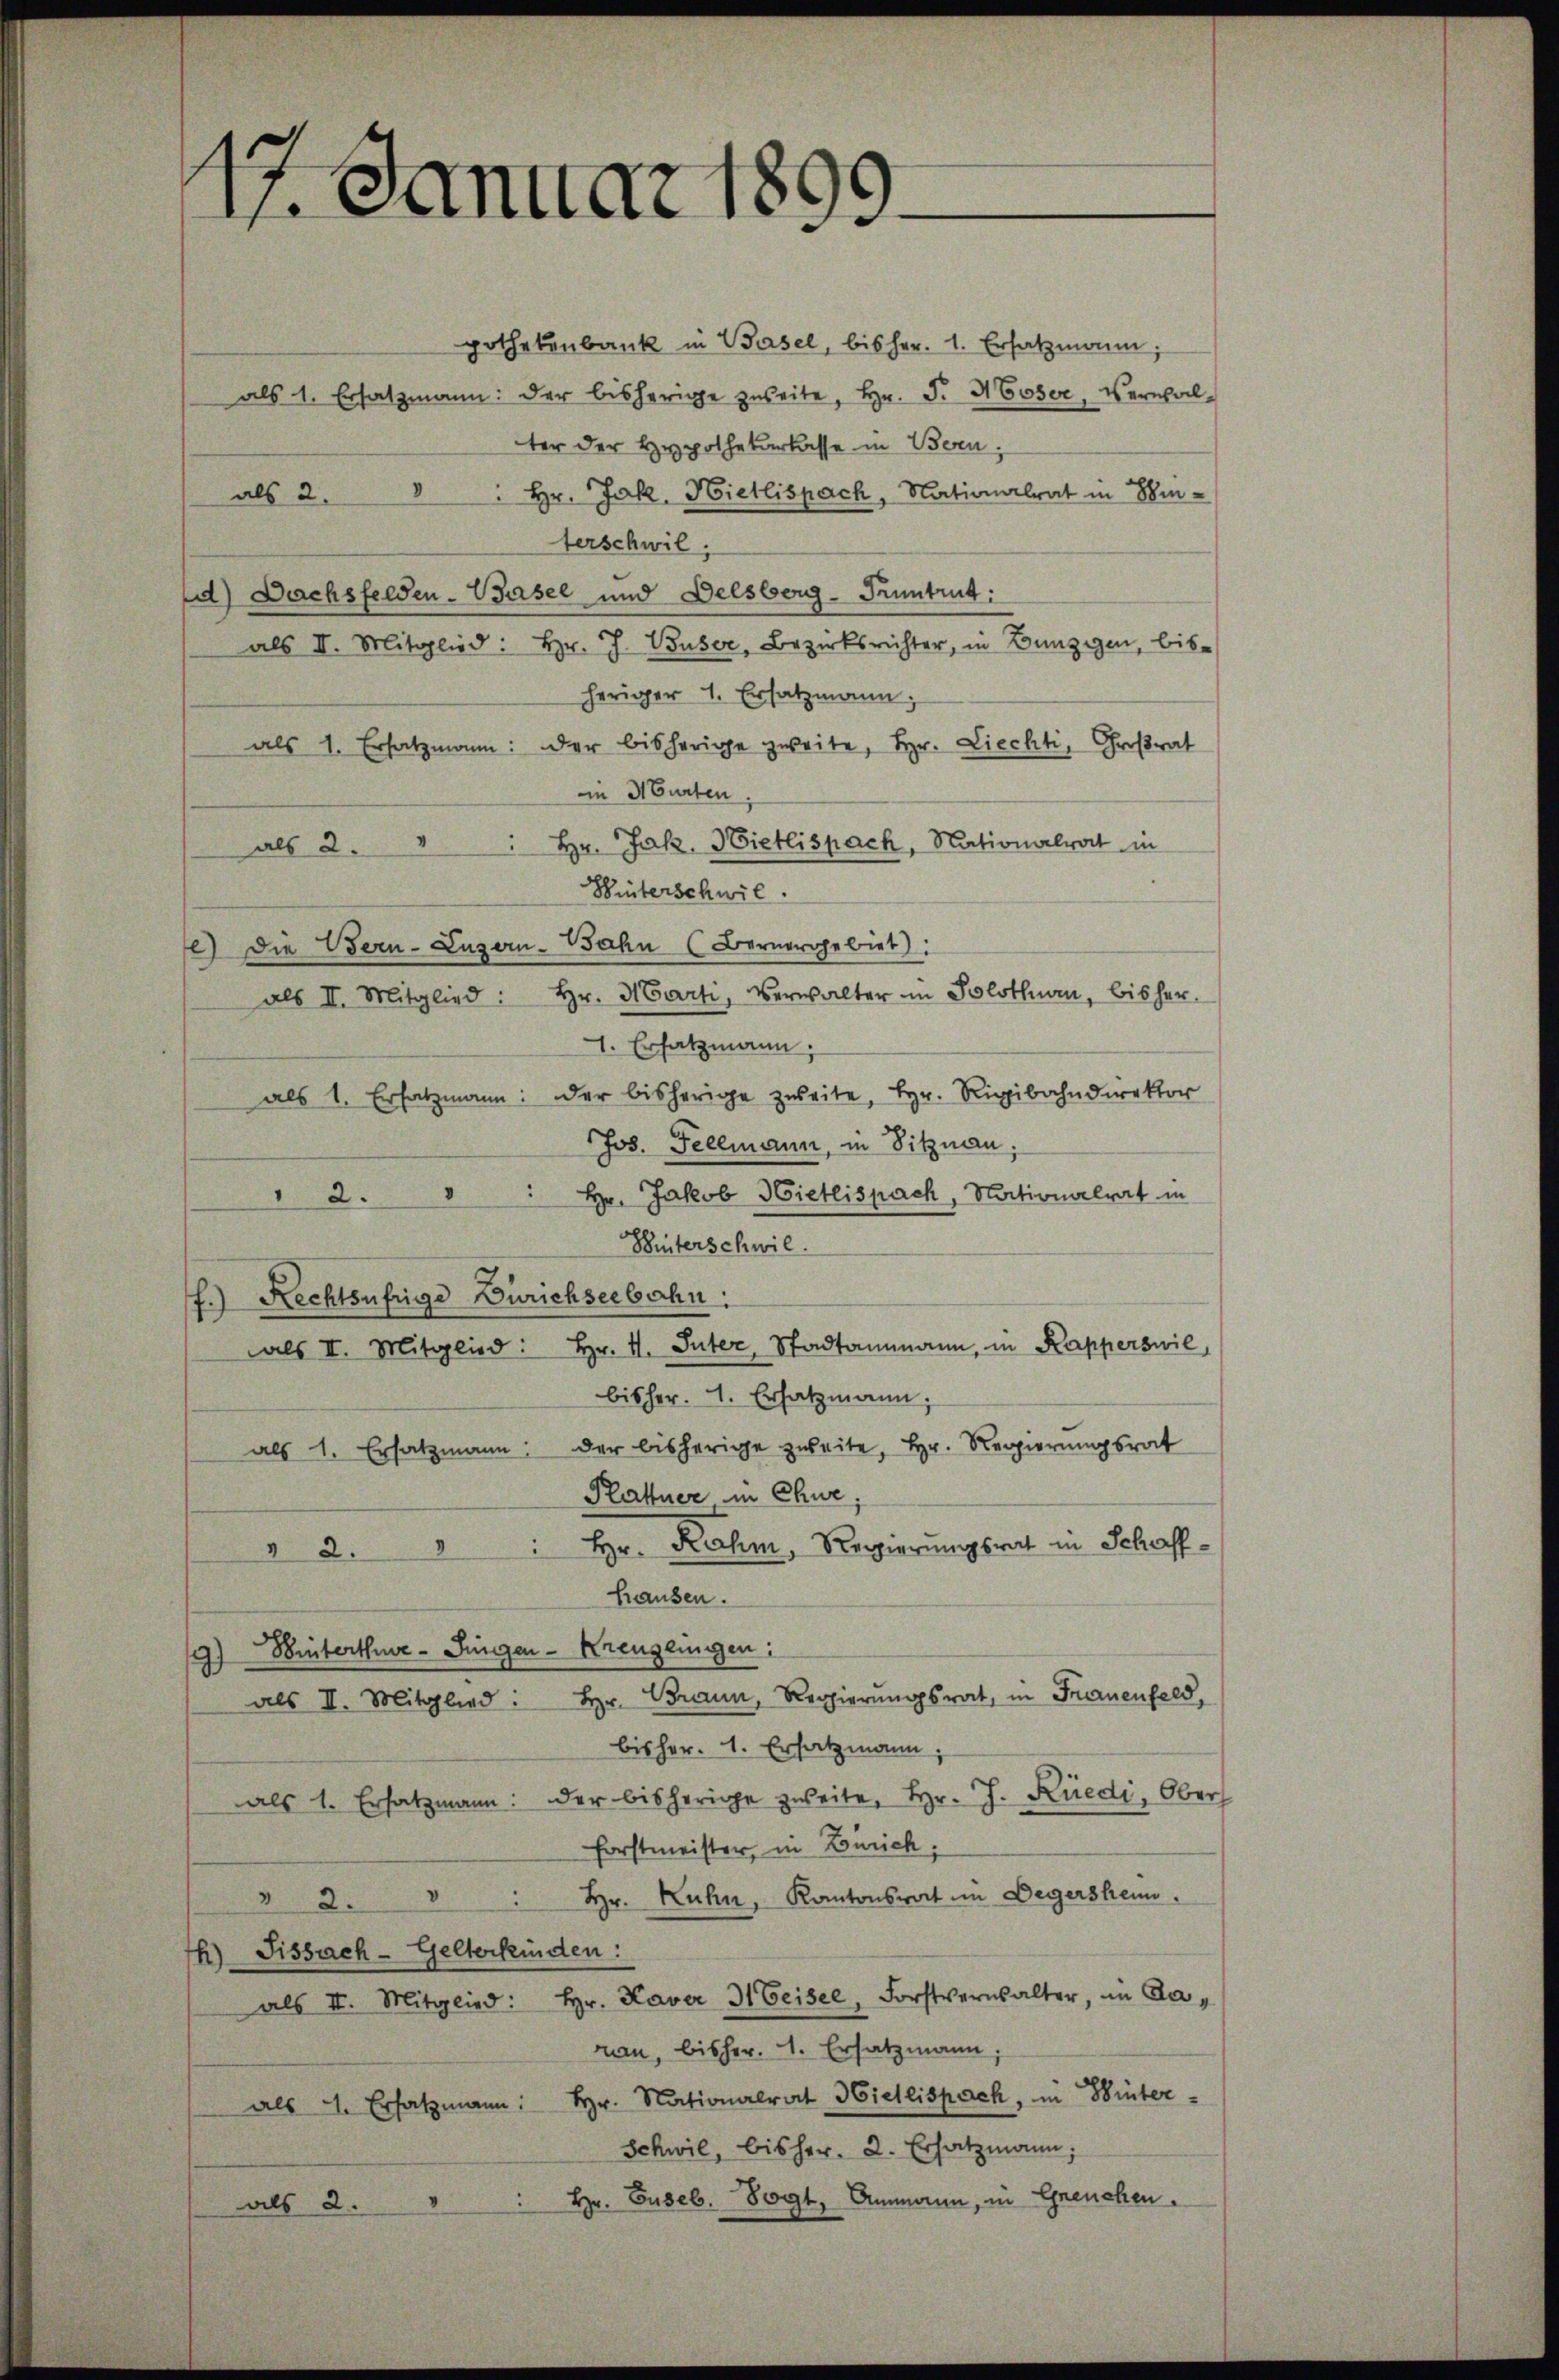
17. Januar 1899

pothekenbank in Basel, bisher. 1. Ersatzmann,
als 1. Ersatzmann: der bisherige zweite, Hr. F. Moser, Verwal-
ter der Hypothekarkasse in Bern,
als 2. " " hr. Jak. Hietlispach, Nationalrat in Emferschwil,
) Dachsfelden-Basel und Delsberg-Pruntrut:
als II. Mitglied: Hr. J. Buser, Bezirksrichter, in Bunzigen, bis
heriger 1. Ersatzmann;
als 1. Ersatzmann: der bisherige zweite, Hr. Liechti, Großrat
in Murten.
als 2. " " Hr. Jak. Hietlispach, Nationalrat in
Hinterschwie
e) Die Bern-Luzern-Bahn (Bernergebiet:
als II. Mitglied: hr. Marti, Verwalter in Solothurn, bisher
1. Ersatzmann.
als 1. Ersatzmann: der bisherige zweite, Hr. Rigibahndirektor
Jos. Fellmann, in Sitznau,
2. " " Hr. Jakob Hietlispach, Nationalrat in
Hinterschwil.
f.) Rechtsufrige Zürichseebahn.
als II. Mitglied: hr. I. Inter, Stadtammann, in Kapperswil,
bisher. . Ersatzmann,
als 1. Ersatzmann: der bisherige zweite, Hr. Regierŭngsrat
Plattner in Chur,
" 2. " " hr. Rahm, Regierungsrat in Schaffhausen.
9) Winterthue-Jungen-Kreuzlingen:
als II. Mitglied: Hr. Brann, Regierŭngsrat, in Frauenfeld,
bisher. 1. Ersatzmann,
als 1. Ersatzmann: der bisherige zweite, Hr. J. Rüedi, Ober
Forstmeister, in Zürich.
Hr. Kuhn, Kantonsrat im Degersheim.
v 2.
h) Fissach- Gelterkinden:
als II. Mitglied: Hr. Kaver 3 Geisel, Forstverwalter, in Caman, bisher. 1. Ersatzmann,
als 4. Ersatzmann: hr. Nationalrat Wietlispach, in Winter-
Schwil, bisher. 2. Ersatzmann;

4) Ammann, in Grenchen.